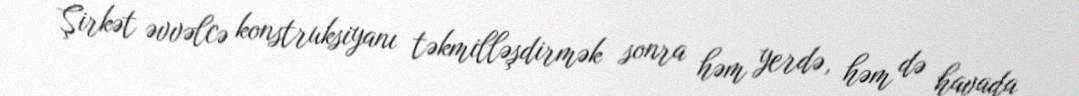
Şirkət əvvəlcə konstruksiyanı təkmilləşdirmək sonra həm yerdə, həm də havada